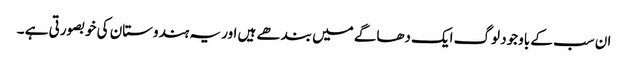
ان سب کے باوجود لوگ ایک دھاگے میں بندھے ہیں اور یہ ہندوستان کی خوبصورتی ہے ۔